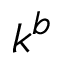
k ^ { b }